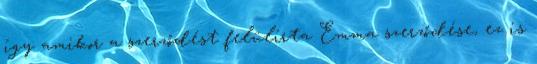
így amikor a szerződést felülírta Emma szerződése, ez is